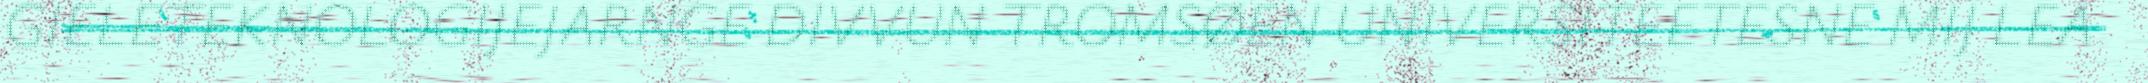
GÏELETEKNOLOGIJEJARNGE DIVVUN TROMSØEN UNIVERSITEETESNE MIJ LEA